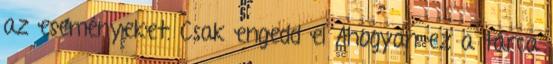
az eseményeket. Csak engedd el Ahogyan ez a tárca